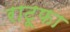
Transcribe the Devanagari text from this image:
राटूफा